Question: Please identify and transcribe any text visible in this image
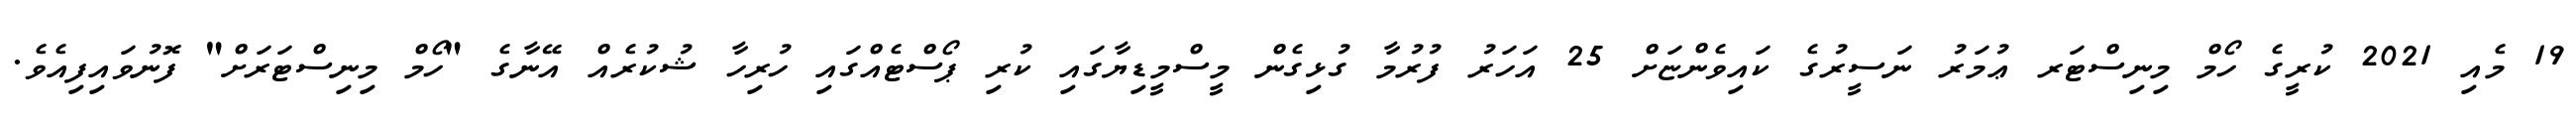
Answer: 19 މެއި 2021 ކުރީގެ ހޯމް މިނިސްޓަރ ޢުމަރު ނަސީރުގެ ކައިވެންޏަށް 25 އަހަރު ފުރުމާ ގުޅިގެން މީސްމީޑިޔާގައި ކުރި ޕޯސްޓެއްގައި ހުރިހާ ޝުކުރެއް އޭނާގެ "ހޯމް މިނިސްޓަރަށް" ފޮނުވައިފިއެވެ.